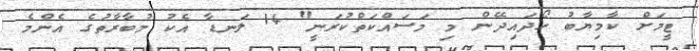
ޓީމަށް ކާމިޔާބު ހޯދައިދޭން މި މަސައްކަތްކުރަނީ" 14 ލަނޑާ އެކު މުބާރާތުގެ އެންމެ